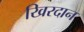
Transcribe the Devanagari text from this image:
खिरदान